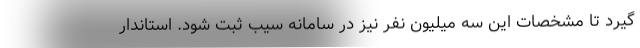
گیرد تا مشخصات این سه میلیون نفر نیز در سامانه سیب ثبت شود. استاندار